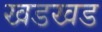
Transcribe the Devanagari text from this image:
खडखड